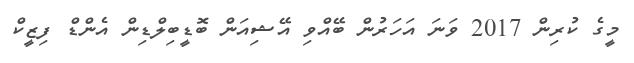
މީގެ ކުރިން 2017 ވަނަ އަހަރުން ބޭއްވި އޭޝިއަން ބޮޑީބިލްޑިން އެންޑް ފިޒީކް